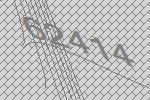
62414